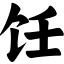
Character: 饪